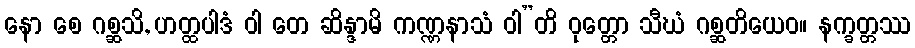
နော စေ ဂစ္ဆသိ, ဟတ္ထပါဒံ ဝါ တေ ဆိန္ဒာမိ ကဏ္ဏနာသံ ဝါ”တိ ဝုတ္တော သီဃံ ဂစ္ဆတိယေဝ။ နက္ခတ္တဿ